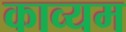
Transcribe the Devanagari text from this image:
काव्यम